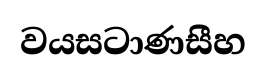
වයසටාණසීහ